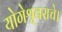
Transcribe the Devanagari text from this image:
योगेश्र्वराचे।